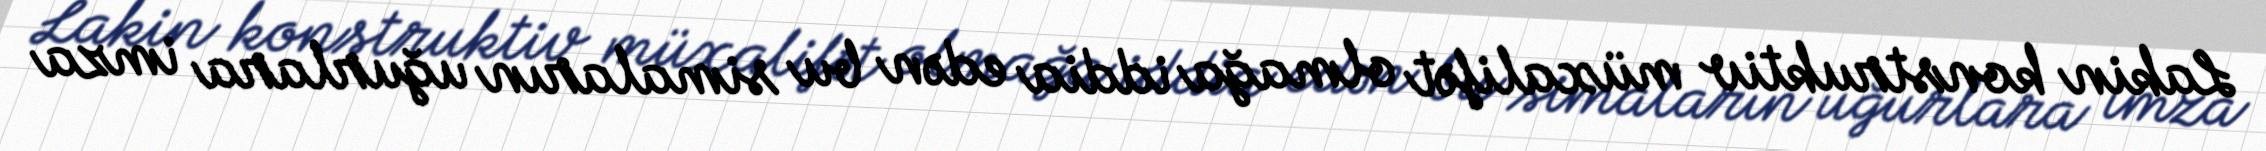
Lakin konstruktiv müxalifət olmağa iddia edən bu simaların uğurlara imza